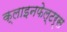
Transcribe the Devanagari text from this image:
क्लाइनफेल्टर्स